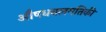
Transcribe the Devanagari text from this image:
औषधबलगतिकी